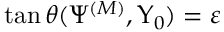
\tan \theta ( \Psi ^ { ( M ) } , \Upsilon _ { 0 } ) = \varepsilon